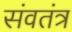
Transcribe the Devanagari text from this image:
संवतंत्र